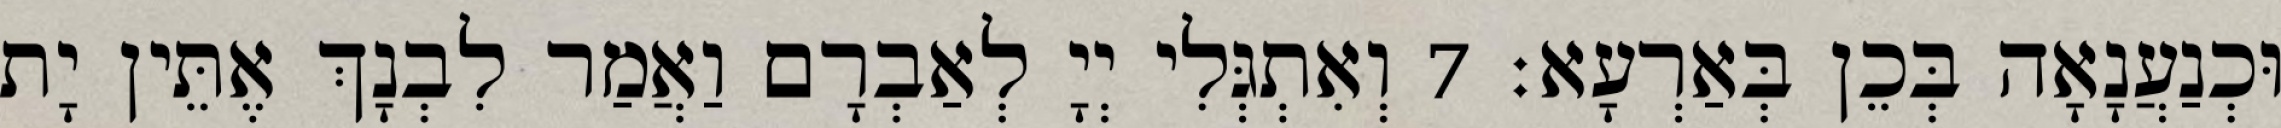
וּכְנַעֲנָאָה בְּכֵן בְּאַרְעָא׃ 7 וְאִתְגְּלִי יְיָ לְאַבְרָם וַאֲמַר לִבְנָךְ אֶתֵּין יָת